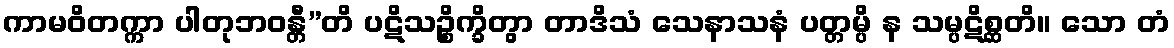
ကာမဝိတက္ကာ ပါတုဘဝန္တီ”တိ ပဋိသဉ္စိက္ခိတွာ တာဒိသံ သေနာသနံ ပတ္တမ္ပိ န သမ္ပဋိစ္ဆတိ။ သော တံ